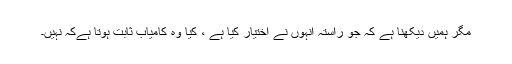
مگر ہمیں دیکھنا ہے کہ جو راستہ انہوں نے اختیار کیا ہے ، کیا وہ کامیاب ثابت ہوتا ہےکہ نہیں۔